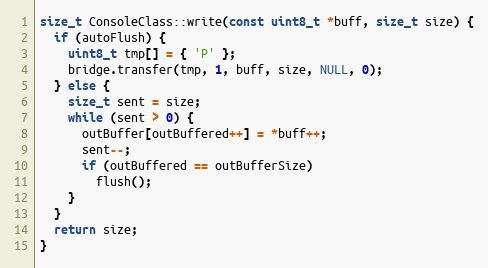
Language: C++
size_t ConsoleClass::write(const uint8_t *buff, size_t size) {
  if (autoFlush) {
    uint8_t tmp[] = { 'P' };
    bridge.transfer(tmp, 1, buff, size, NULL, 0);
  } else {
    size_t sent = size;
    while (sent > 0) {
      outBuffer[outBuffered++] = *buff++;
      sent--;
      if (outBuffered == outBufferSize)
        flush();
    }
  }
  return size;
}